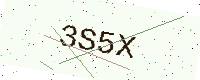
Text: 3S5X